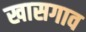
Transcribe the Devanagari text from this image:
खासगाव